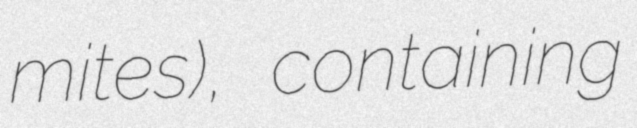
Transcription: mites), containing